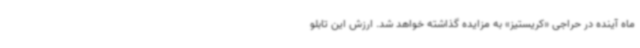
ماه آینده در حراجی «کریستیز» به مزایده گذاشته خواهد شد. ارزش این تابلو